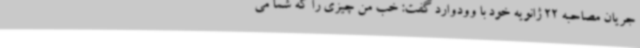
جریان مصاحبه 22 ژانویه خود با وودوارد گفت: خب من چیزی را که شما می